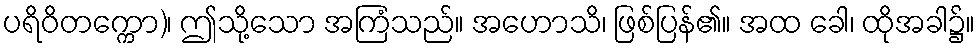
ပရိဝိတက္ကော)၊ ဤသို့သော အကြံသည်။ အဟောသိ၊ ဖြစ်ပြန်၏။ အထ ခေါ၊ ထိုအခါ၌။